255_413270_UFO's_and_Defense_What_Should_we_Prepare_For
Agency: NASA
Page 90
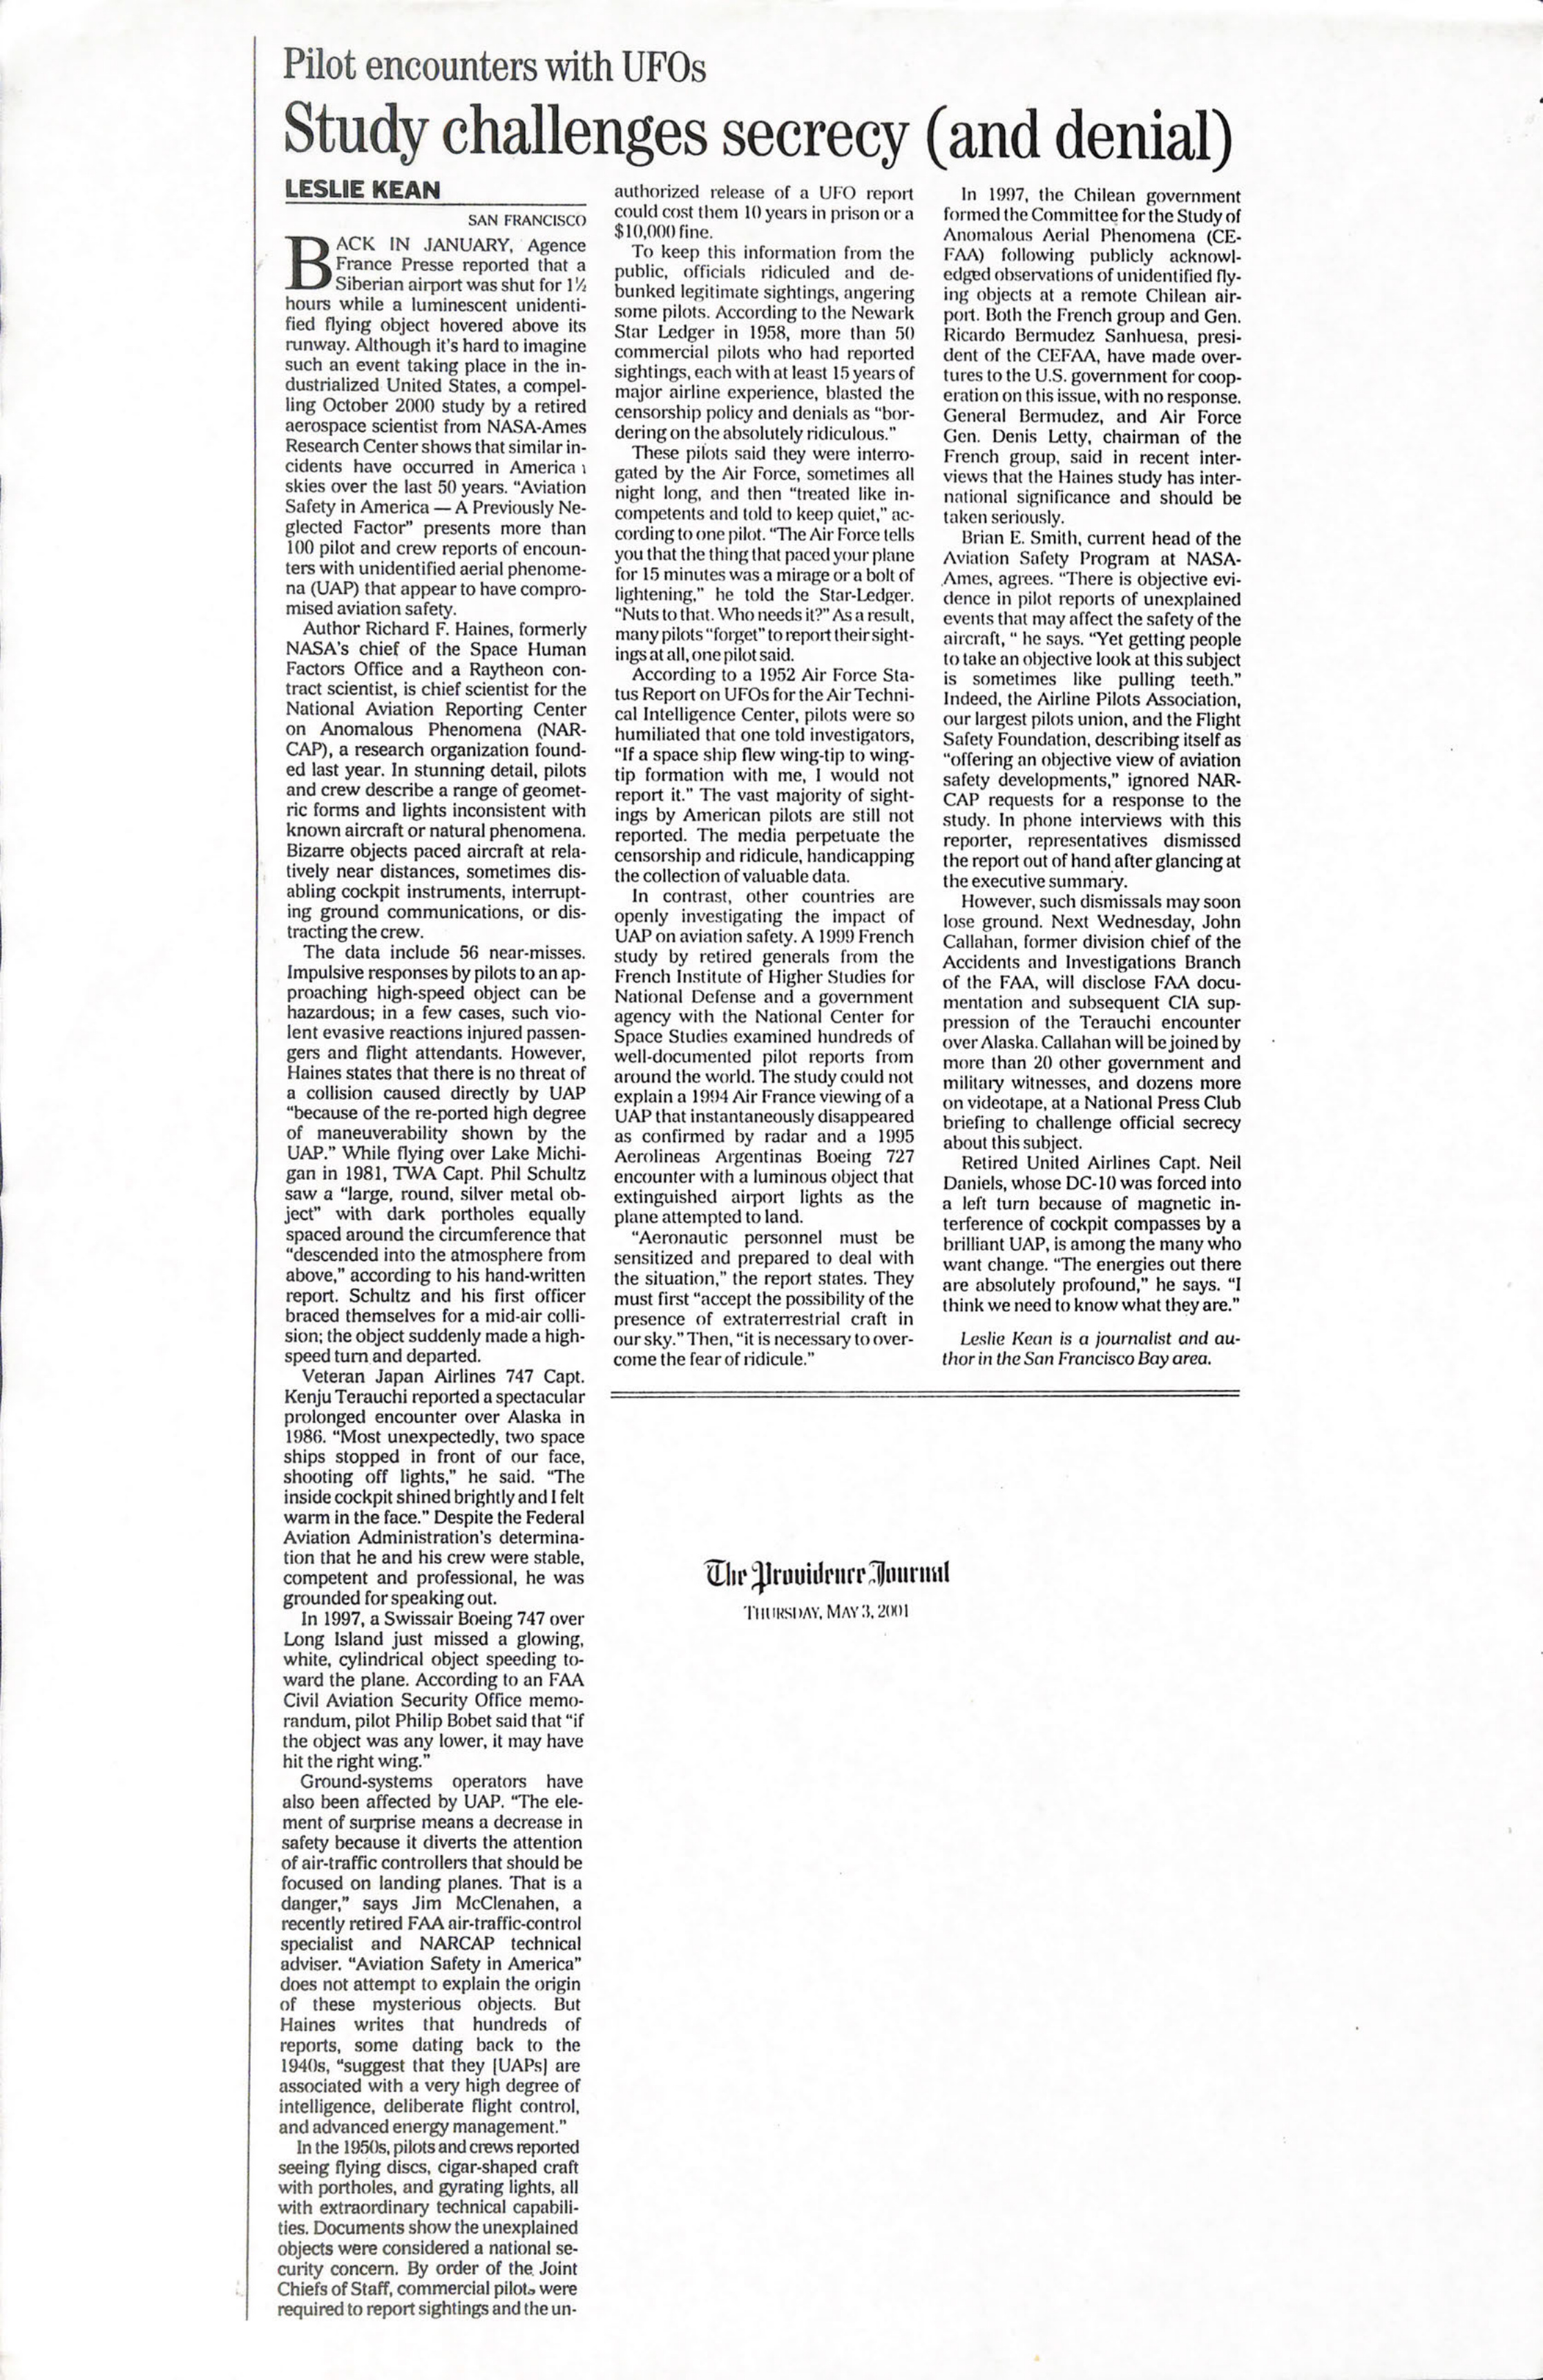